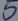
Text: 5